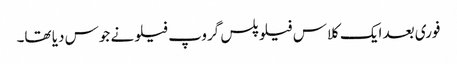
فوری بعد ایک کلاس فیلو پلس گروپ فیلو نے جوس دیا تھا۔